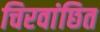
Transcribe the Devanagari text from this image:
चिरवांछित